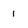
Character: 1